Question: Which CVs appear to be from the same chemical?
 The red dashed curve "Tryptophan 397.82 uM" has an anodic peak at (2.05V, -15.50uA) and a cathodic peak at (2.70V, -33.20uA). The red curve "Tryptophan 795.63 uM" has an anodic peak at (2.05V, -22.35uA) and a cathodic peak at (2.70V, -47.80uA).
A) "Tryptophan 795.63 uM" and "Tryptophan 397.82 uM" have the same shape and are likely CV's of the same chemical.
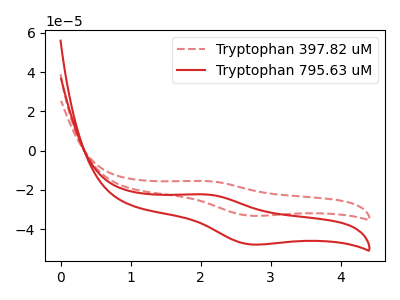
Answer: <think>All the peaks in "Tryptophan 397.82 uM" have a peak in "Tryptophan 795.63 uM" at the same potential.
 </think>
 <answer>A) "Tryptophan 795.63 uM" and "Tryptophan 397.82 uM" have the same shape and are likely CV's of the same chemical.</answer>
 <eval>A</eval>